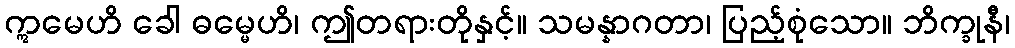
ဣမေဟိ ခေါ ဓမ္မေဟိ၊ ဤတရားတိုနှင့်။ သမန္နာဂတာ၊ ပြည့်စုံသော။ ဘိက္ခုနီ၊